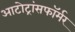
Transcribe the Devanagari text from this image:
आटोट्रांसफॉर्मर